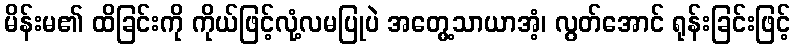
မိန်းမ၏ ထိခြင်းကို ကိုယ်ဖြင့်လုံ့လမပြုပဲ အတွေ့သာယာအံ့၊ လွတ်အောင် ရုန်းခြင်းဖြင့်